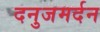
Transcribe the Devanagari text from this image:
दनुजमर्दन